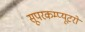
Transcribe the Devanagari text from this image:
सूपरकम्प्यूटरों